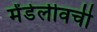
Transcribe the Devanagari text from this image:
मेंडेलीवची